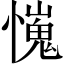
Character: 𢢯